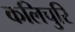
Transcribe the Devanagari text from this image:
कलिचुरि